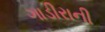
ગાડીરાની